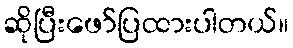
ဆိုပြီးဖော်ပြထားပါတယ်။